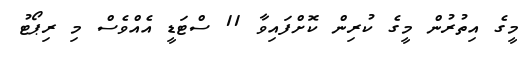
މީގެ އިތުރުން މީގެ ކުރިން ކޮށްފައިވާ 11 ސްޓަޑީ އެއްވެސް މި ރިޕޯޓު